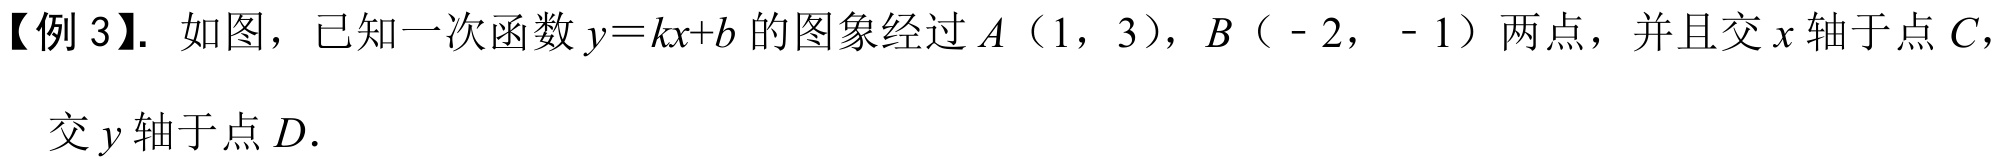
【例3】. 如图，已知一次函数\(y = kx + b\)的图象经过\(A\)（1，3），\(B\)（ - 2， - 1）两点，并且交\(x\)轴于点\(C\)，
交\(y\)轴于点\(D\).